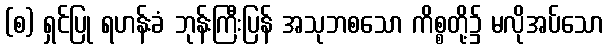
(စ) ရှင်ပြု ရဟန်းခံ ဘုန်းကြီးပြန် အသုဘစသော ကိစ္စတို့၌ မလိုအပ်သော